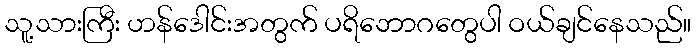
သူ့သားကြီး ဟန်ဒေါင်းအတွက် ပရိဘောဂတွေပါ ဝယ်ချင်နေသည်။